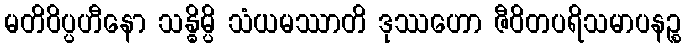
မတိဝိပ္ပဟီနော သန္ဓိမ္ပိ သံယမဿာတိ ဒုဿဟော ဇီဝိတပရိသမာပနဉ္စ